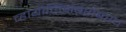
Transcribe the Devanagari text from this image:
व्हायोलिनबरोबरच